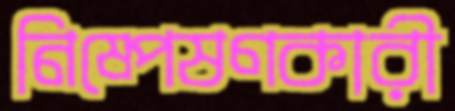
নিষ্পেষণকারী